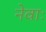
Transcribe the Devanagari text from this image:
नेवाः